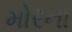
મોરના